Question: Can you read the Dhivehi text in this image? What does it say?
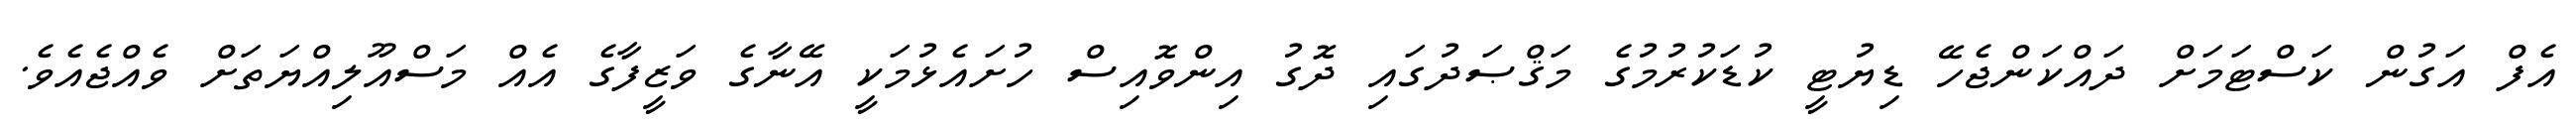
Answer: އެފް އަގުން ކަސްޓަމަށް ދައްކަންޖެހޭ ޑިޔުޓީ ކުޑަކުރުމުގެ މަޤްޞަދުގައި ދޮގު އިންވޮއިސް ހުށައެޅުމަކީ އޭނާގެ ވަޒީފާގެ އެއް މަސްއޫލިއްޔަތަށް ވެއްޖެއެވެ.